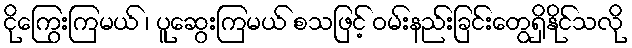
ငိုကြွေးကြမယ် ၊ ပူဆွေးကြမယ် စသဖြင့် ဝမ်းနည်းခြင်းတွေရှိနိုင်သလို